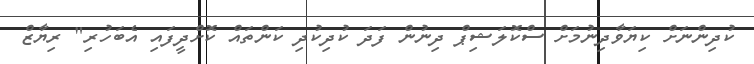
ކުދިންނަށް ކިޔަވާދިނުމަށް ސްކޮލަޝިޕް ދިނުން ފަދަ ކުދިކުދި ކަންތައް ކޮށްދީފައި އެބަހުރި" ރިޔާޒް